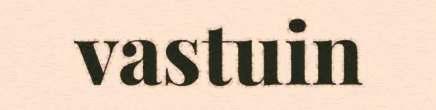
vastuin